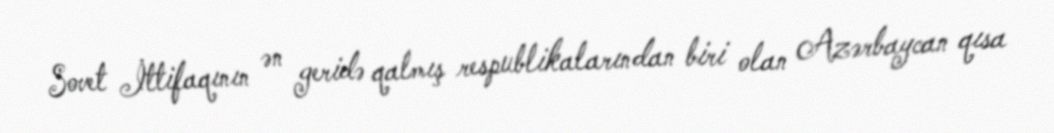
Sovet İttifaqının ən geridə qalmış respublikalarından biri olan Azərbaycan qısa